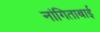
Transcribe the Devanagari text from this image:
नांगिताबाई